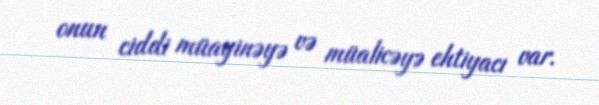
onun ciddi müayinəyə və müalicəyə ehtiyacı var.